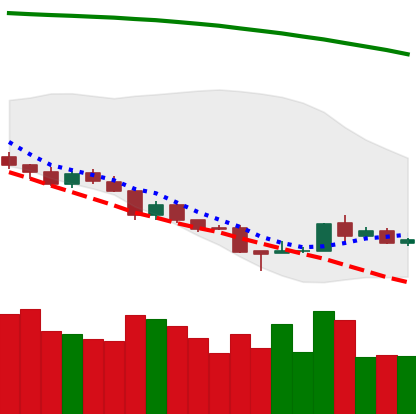
Ticker: TRX-USD
Chart end date: 2018-08-21
Forward return: 8.384%
Label: up_7plus